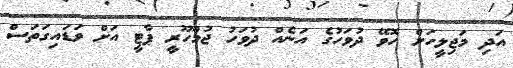
އަދި މަޖިލީހަށް ހޮވޭ ދުވަހުގެ އަނެއް ދުވަހު ޖުމްހޫރީ ޕާޓީ އަށް ވަޑައިގަތަސް